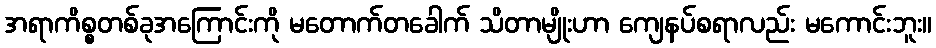
အရာကိစ္စတစ်ခုအကြောင်းကို မတောက်တခေါက် သိတာမျိုးဟာ ကျေနပ်စရာလည်း မကောင်းဘူး။